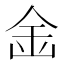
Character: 𱐏